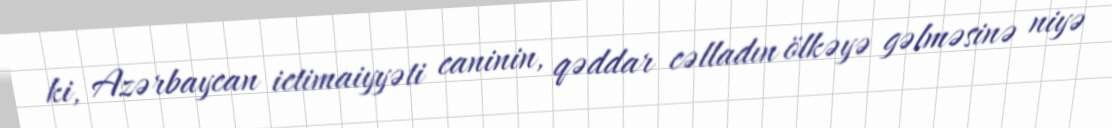
ki, Azərbaycan ictimaiyyəti caninin, qəddar cəlladın ölkəyə gəlməsinə niyə